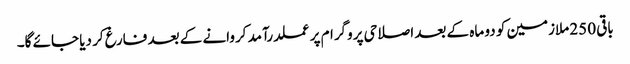
باقی 250 ملازمین کو دو ماہ کے بعد اصلاحی پروگرام پرعملدرآمد کروانے کے بعد فارغ کر دیا جائے گا۔